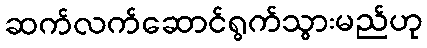
ဆက်လက်ဆောင်ရွက်သွားမည်ဟု